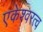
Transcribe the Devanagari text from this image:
एकेश्वरत्व